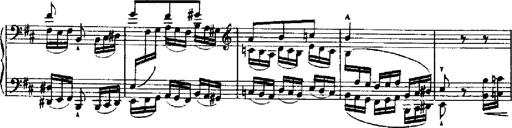
Title: RÃ©miniscences de Robert le diable
Composer: Franz Liszt